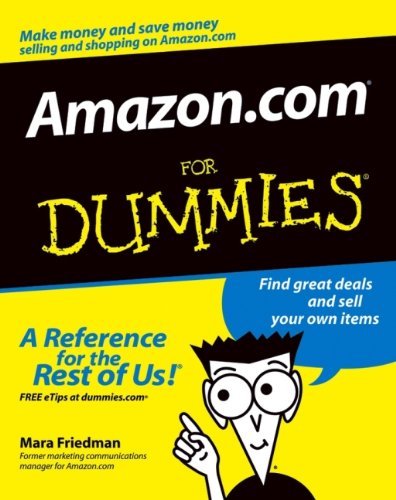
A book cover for Amazon.com For Dummies (For Dummies (Computers)); Mara Friedman; Computers & Technology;